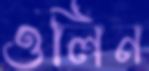
ওলিন